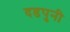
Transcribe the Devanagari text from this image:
दडपुनी